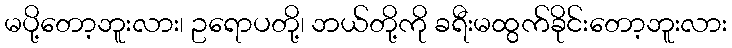
မပို့တော့ဘူးလား၊ ဥရောပတို့၊ ဘယ်တို့ကို ခရီးမထွက်ခိုင်းတော့ဘူးလား